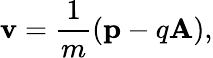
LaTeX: {\mathbf v}=\frac{1}{m}\left({\mathbf p}-q{\mathbf A}\right),